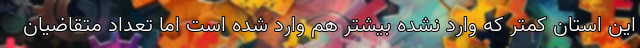
این استان کمتر که وارد نشده بیشتر هم وارد شده است اما تعداد متقاضیان